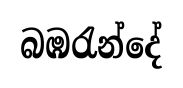
බඹරැන්දේ